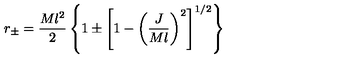
r _ { \pm } = { \frac { M l ^ { 2 } } { 2 } } \left\{ 1 \pm \left[ 1 - \left( { \frac { J } { M l } } \right) ^ { 2 } \right] ^ { 1 / 2 } \right\}